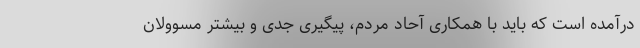
درآمده است که باید با همکاری آحاد مردم، پیگیری جدی و بیشتر مسوولان